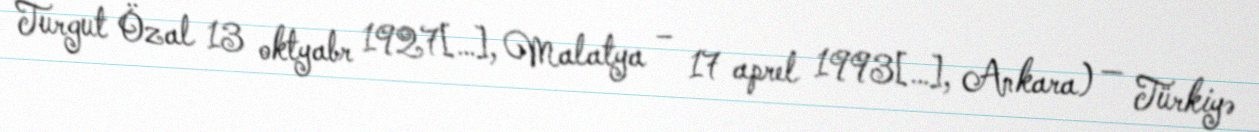
Turgut Özal 13 oktyabr 1927[…], Malatya – 17 aprel 1993[…], Ankara) — Türkiyə